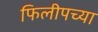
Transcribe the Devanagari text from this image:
फिलीपच्या